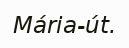
Mária-út.